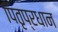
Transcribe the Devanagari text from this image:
पितृप्रधान